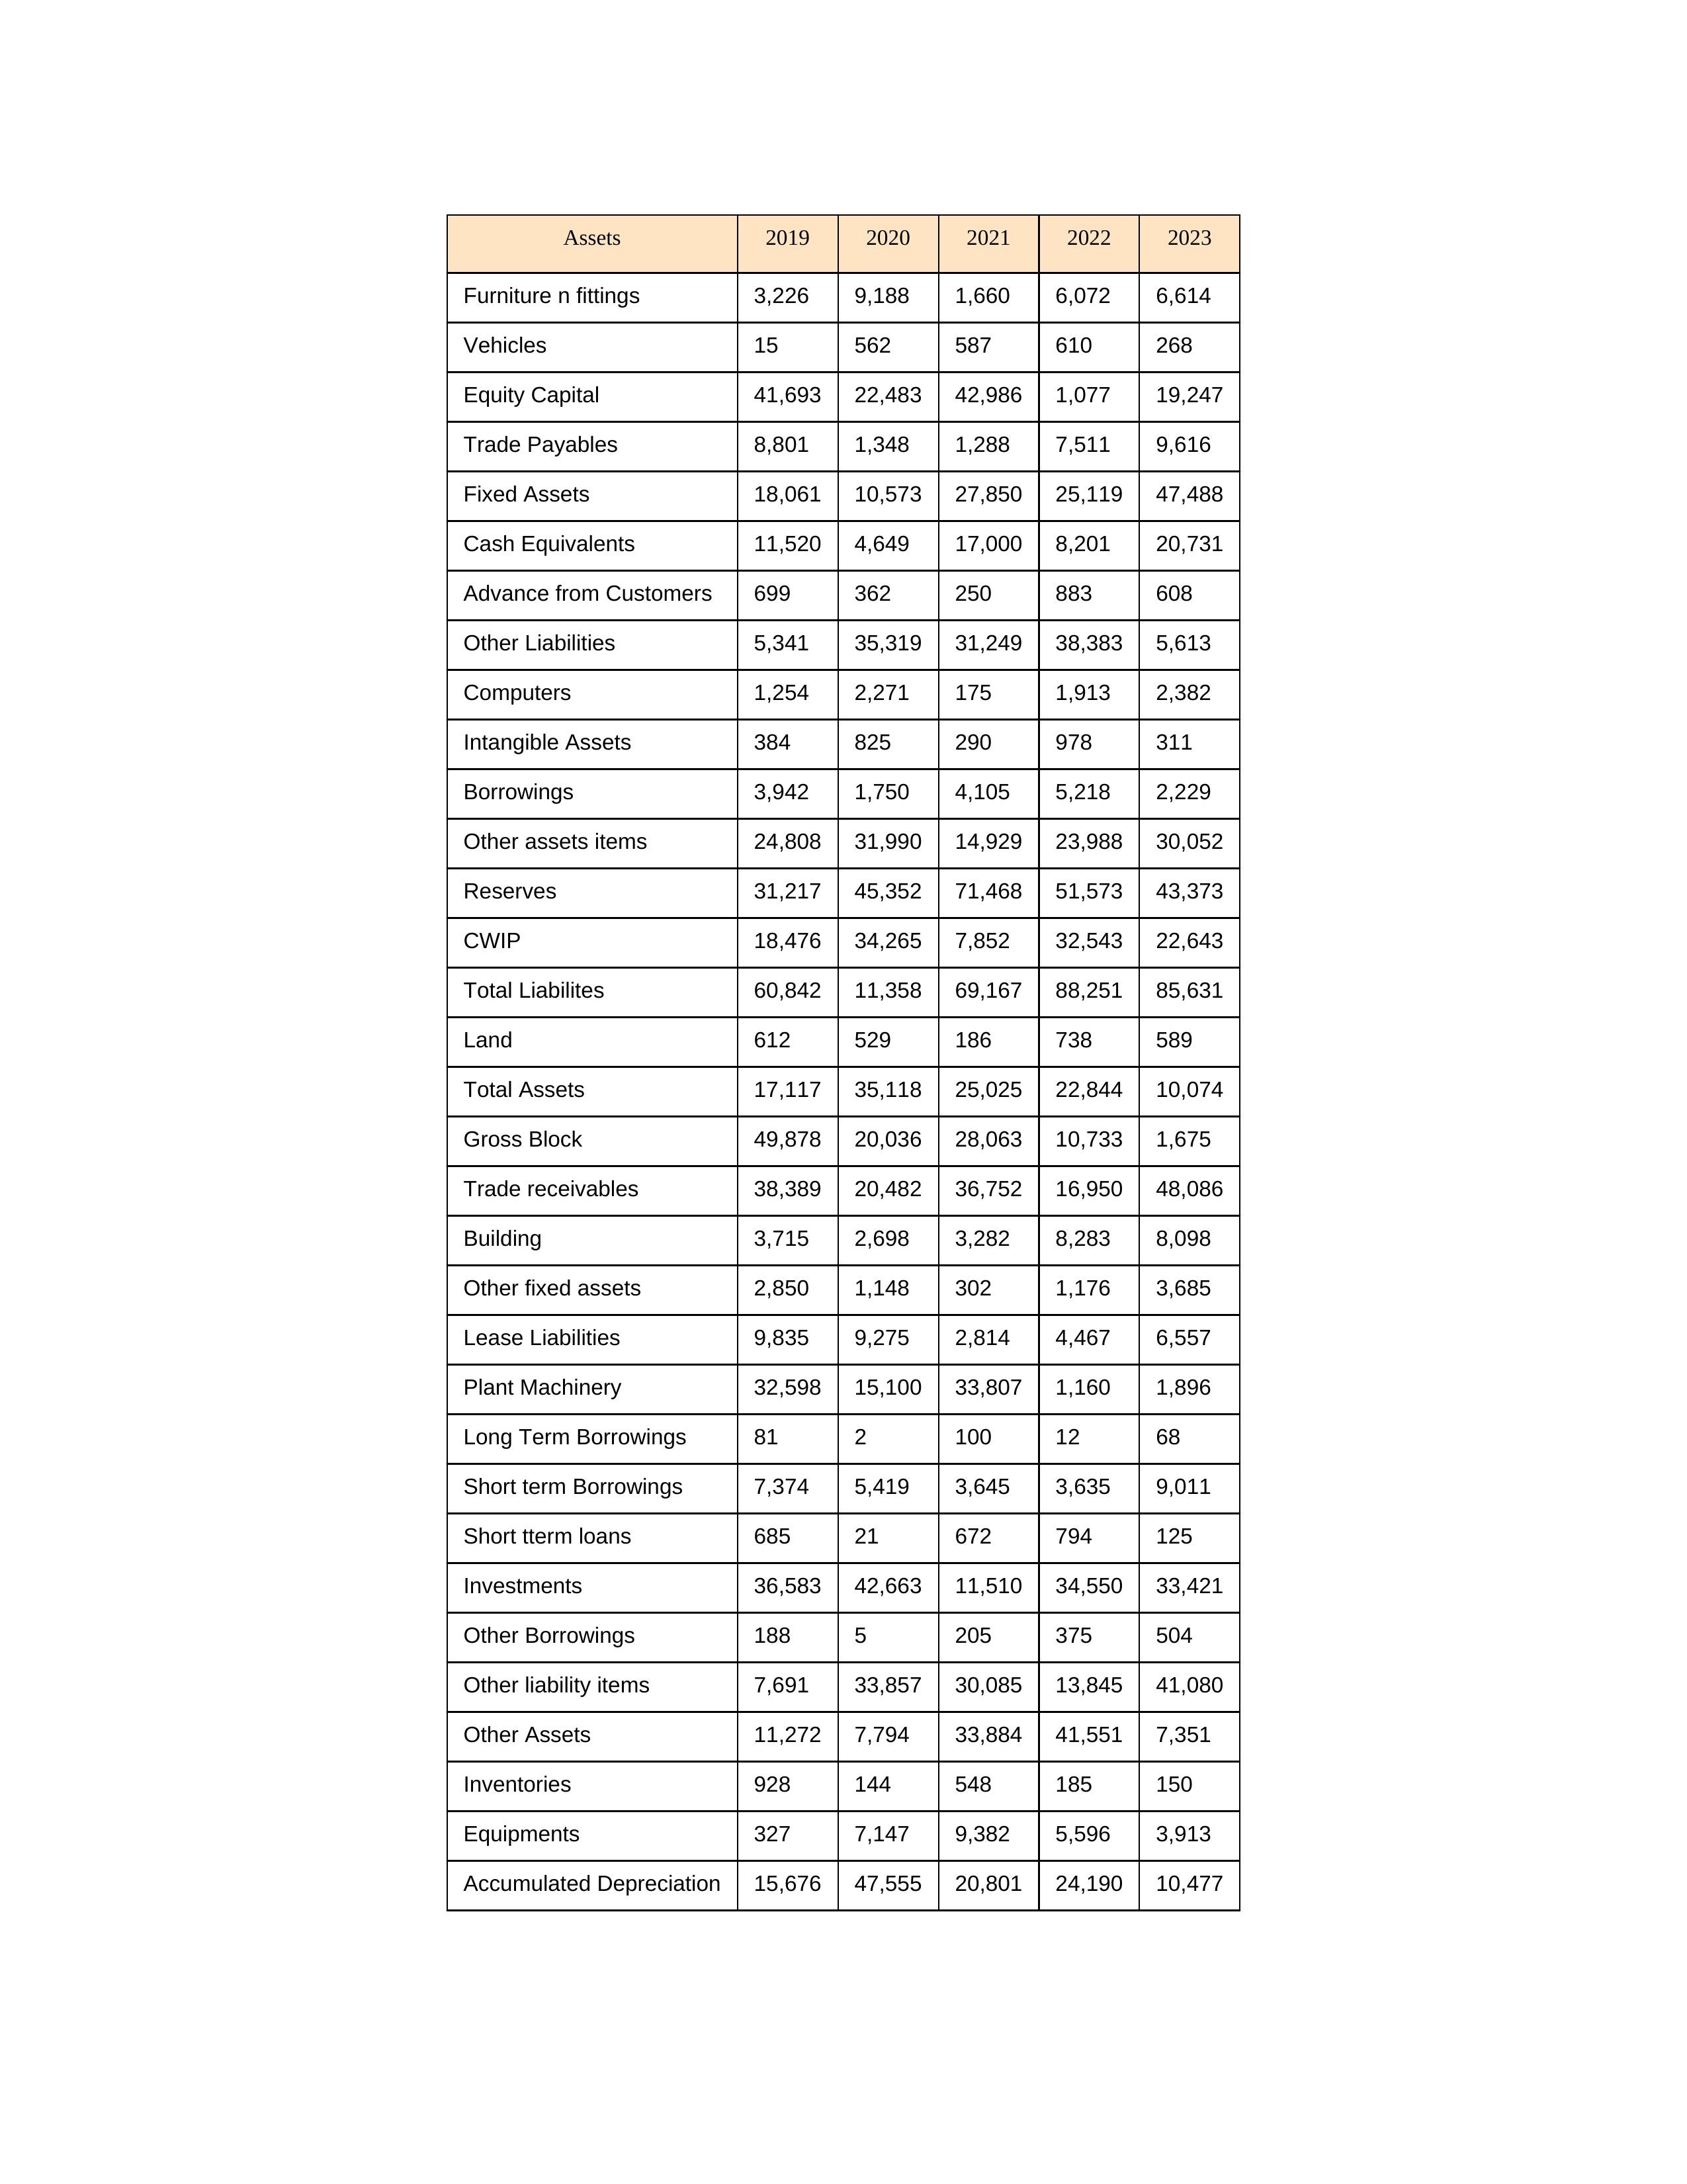
gt_parse: 2019: Equity Capital: 41,693
Reserves: 31,217
Borrowings: 3,942
Long Term Borrowings: 81
Short term Borrowings: 7,374
Lease Liabilities: 9,835
Other Borrowings: 188
Other Liabilities: 5,341
Trade Payables: 8,801
Advance from Customers: 699
Other liability items: 7,691
Total Liabilites: 60,842
Fixed Assets: 18,061
Land: 612
Building: 3,715
Plant Machinery: 32,598
Equipments: 327
Computers: 1,254
Furniture n fittings: 3,226
Vehicles: 15
Intangible Assets: 384
Other fixed assets: 2,850
Gross Block: 49,878
Accumulated Depreciation: 15,676
CWIP: 18,476
Investments: 36,583
Other Assets: 11,272
Inventories: 928
Trade receivables: 38,389
Cash Equivalents: 11,520
Short tterm loans: 685
Other assets items: 24,808
Total Assets: 17,117
2020: Equity Capital: 22,483
Reserves: 45,352
Borrowings: 1,750
Long Term Borrowings: 2
Short term Borrowings: 5,419
Lease Liabilities: 9,275
Other Borrowings: 5
Other Liabilities: 35,319
Trade Payables: 1,348
Advance from Customers: 362
Other liability items: 33,857
Total Liabilites: 11,358
Fixed Assets: 10,573
Land: 529
Building: 2,698
Plant Machinery: 15,100
Equipments: 7,147
Computers: 2,271
Furniture n fittings: 9,188
Vehicles: 562
Intangible Assets: 825
Other fixed assets: 1,148
Gross Block: 20,036
Accumulated Depreciation: 47,555
CWIP: 34,265
Investments: 42,663
Other Assets: 7,794
Inventories: 144
Trade receivables: 20,482
Cash Equivalents: 4,649
Short tterm loans: 21
Other assets items: 31,990
Total Assets: 35,118
2021: Equity Capital: 42,986
Reserves: 71,468
Borrowings: 4,105
Long Term Borrowings: 100
Short term Borrowings: 3,645
Lease Liabilities: 2,814
Other Borrowings: 205
Other Liabilities: 31,249
Trade Payables: 1,288
Advance from Customers: 250
Other liability items: 30,085
Total Liabilites: 69,167
Fixed Assets: 27,850
Land: 186
Building: 3,282
Plant Machinery: 33,807
Equipments: 9,382
Computers: 175
Furniture n fittings: 1,660
Vehicles: 587
Intangible Assets: 290
Other fixed assets: 302
Gross Block: 28,063
Accumulated Depreciation: 20,801
CWIP: 7,852
Investments: 11,510
Other Assets: 33,884
Inventories: 548
Trade receivables: 36,752
Cash Equivalents: 17,000
Short tterm loans: 672
Other assets items: 14,929
Total Assets: 25,025
2022: Equity Capital: 1,077
Reserves: 51,573
Borrowings: 5,218
Long Term Borrowings: 12
Short term Borrowings: 3,635
Lease Liabilities: 4,467
Other Borrowings: 375
Other Liabilities: 38,383
Trade Payables: 7,511
Advance from Customers: 883
Other liability items: 13,845
Total Liabilites: 88,251
Fixed Assets: 25,119
Land: 738
Building: 8,283
Plant Machinery: 1,160
Equipments: 5,596
Computers: 1,913
Furniture n fittings: 6,072
Vehicles: 610
Intangible Assets: 978
Other fixed assets: 1,176
Gross Block: 10,733
Accumulated Depreciation: 24,190
CWIP: 32,543
Investments: 34,550
Other Assets: 41,551
Inventories: 185
Trade receivables: 16,950
Cash Equivalents: 8,201
Short tterm loans: 794
Other assets items: 23,988
Total Assets: 22,844
2023: Equity Capital: 19,247
Reserves: 43,373
Borrowings: 2,229
Long Term Borrowings: 68
Short term Borrowings: 9,011
Lease Liabilities: 6,557
Other Borrowings: 504
Other Liabilities: 5,613
Trade Payables: 9,616
Advance from Customers: 608
Other liability items: 41,080
Total Liabilites: 85,631
Fixed Assets: 47,488
Land: 589
Building: 8,098
Plant Machinery: 1,896
Equipments: 3,913
Computers: 2,382
Furniture n fittings: 6,614
Vehicles: 268
Intangible Assets: 311
Other fixed assets: 3,685
Gross Block: 1,675
Accumulated Depreciation: 10,477
CWIP: 22,643
Investments: 33,421
Other Assets: 7,351
Inventories: 150
Trade receivables: 48,086
Cash Equivalents: 20,731
Short tterm loans: 125
Other assets items: 30,052
Total Assets: 10,074